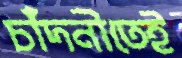
চাঁদনীতেই